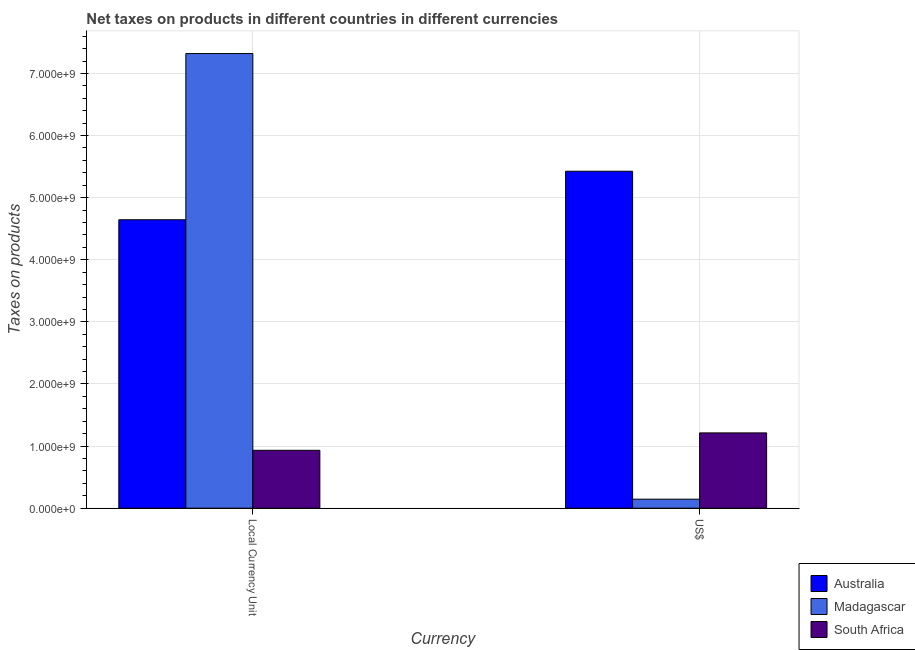
| Currency | Australia | Madagascar | South Africa |
 | --- | --- | --- | --- |
 | Local Currency Unit | 4.64e+09 | 7.32e+09 | 9.32e+08 |
 | US$ | 5.43e+09 | 1.45e+08 | 1.21e+09 |